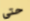
حتى